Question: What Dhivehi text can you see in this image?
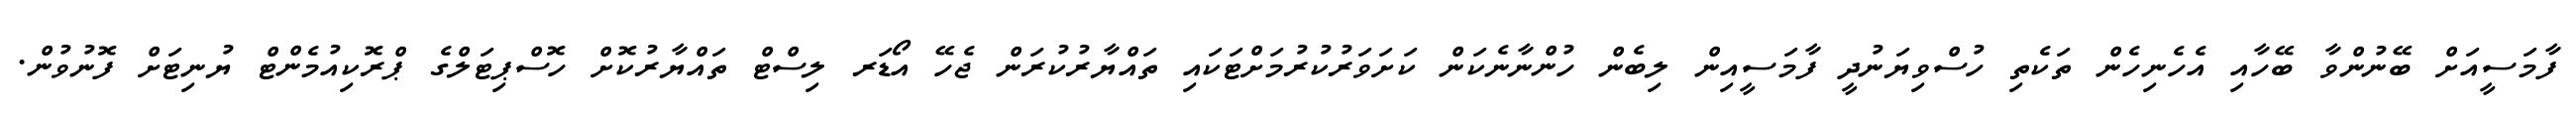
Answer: ފާމަސީއަށް ބޭނުންވާ ބޭހާއި އެހެނިހެން ތަކެތި ހުސްވިޔަނުދީ ފާމަސީއިން ލިބެން ހުންނާނެކަން ކަށަވަރުކުރުމަށްޓަކައި ތައްޔާރުކުރަން ޖެހޭ އޯޑަރ ލިސްޓް ތައްޔާރުކޮށް ހޮސްޕިޓަލްގެ ޕްރޮކިއުމެންޓް ޔުނިޓަށް ފޮނުވުން.